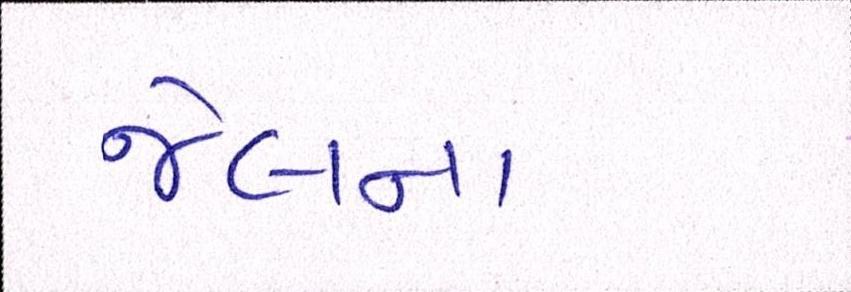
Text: જેલના